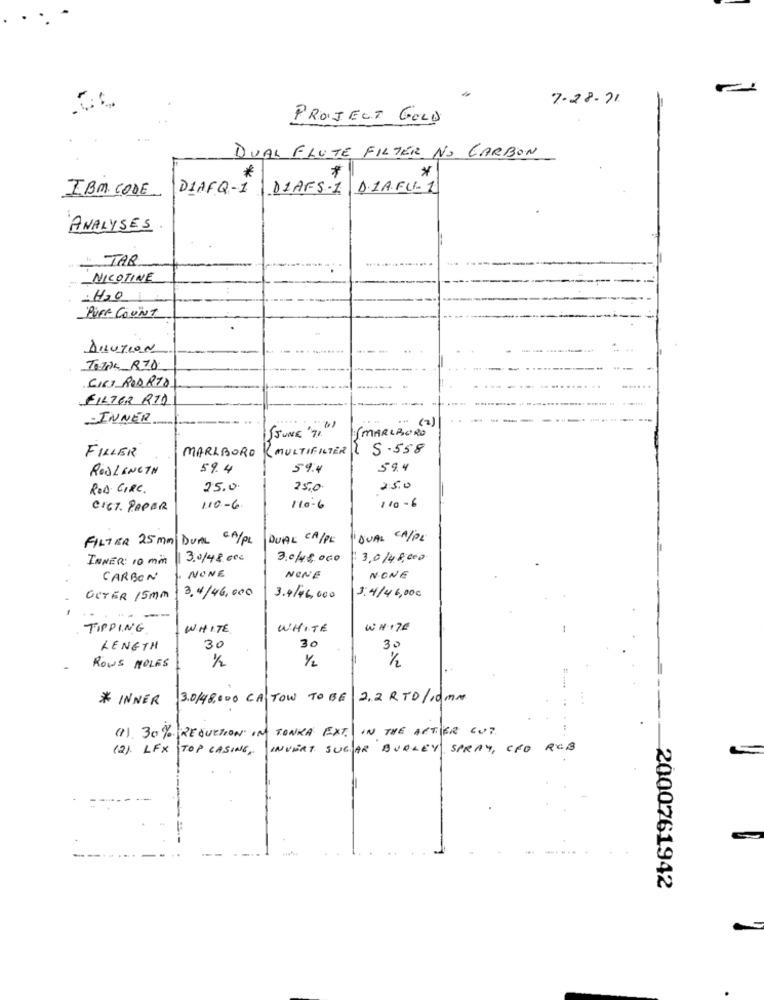
7-28 - 11
PROJECT GOLD
DUAL FLUTE FILTER NO CARBON
*
*
DIAFQ-1 DIAFS-1 DIAFU- 1
IBM CODE
ANALYSES
1 TAR
NICOTINE
-H2O
PUFF COUNT
DILUTION
SIC) PODRTO
FILTER RID
INNER
MARLBORO
." (2)
SJUNE '7"
FILLER
MARLBORO
MULTIFILTER 5-558
RODLENGTH
59.4
59.4
59.4
ROD CIRC .
25.0
25.0
250
CICT. PAPER
110-6
110-6
110-6
FILTER 25 mm DUAL CA/PL
DUAL CA/PE
DUAL CA/PL
INNER: 10 min
3.0/48.000
3.048.000
3.0/48,000
CARBON
NONE
NONE
NONE
3.4/46,000
OUTER 15MM
3.4/46,000
3:4/46,00€
--
TIPPING
WHITE
WHITE
WHITE
LENGTH
30
30
30
1/2
1/2
1/2
ROWS MOLES
* INNER
3.0/48,000 CA TOW TO BE 2.2 RTD /10Mm
(1). 30% REDUCTION IN TONKA EXT. IN THE ACTIVER CUT.
(2). LFX TOP CASING, INVERT SUGAR BURLEY SPRAY, CFO ROB
2000761942